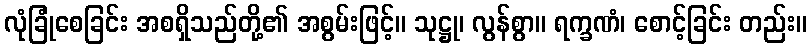
လုံခြုံစေခြင်း အစရှိသည်တို့၏ အစွမ်းဖြင့်။ သုဋ္ဌု၊ လွန်စွာ။ ရက္ခဏံ၊ စောင့်ခြင်း တည်း။